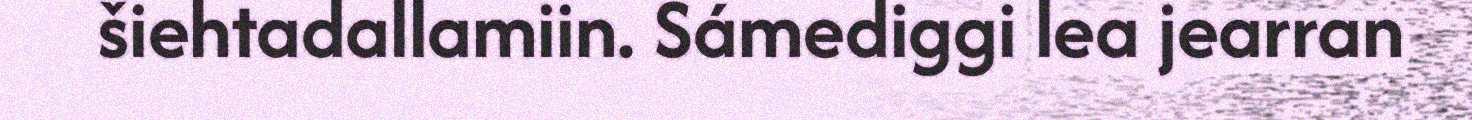
šiehtadallamiin. Sámediggi lea jearran